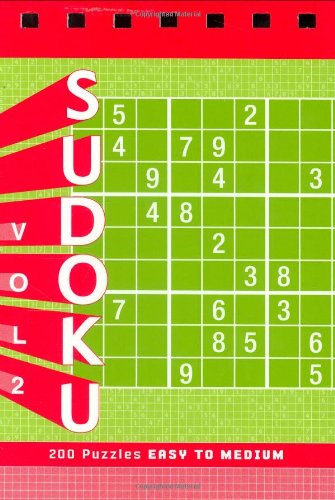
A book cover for Sudoku Vol. 2 Puzzle Pad: Easy to Medium; Xaq Pitkow; Humor & Entertainment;